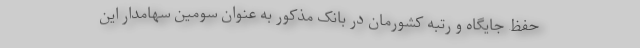
حفظ جایگاه و رتبه کشورمان در بانک مذکور به عنوان سومین سهامدار این